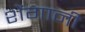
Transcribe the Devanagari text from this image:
शेंगानी